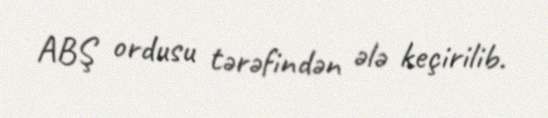
ABŞ ordusu tərəfindən ələ keçirilib.